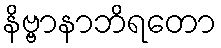
နိဗ္ဗာနာဘိရတော